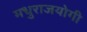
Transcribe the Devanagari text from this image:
मधुराजयोगी